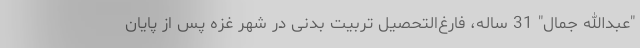
"عبدالله جمال" 31 ساله، فارغ‌التحصیل تربیت بدنی در شهر غزه پس از پایان